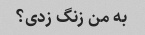
به من زنگ زدی؟